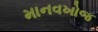
માનવખોજ